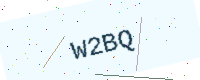
Text: W2BQ